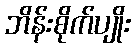
ဘိန်းစိုက်ပျိုး